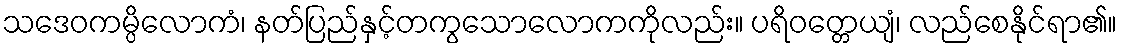
သဒေဝကမ္ပိလောကံ၊ နတ်ပြည်နှင့်တကွသောလောကကိုလည်း။ ပရိဝတ္တေယျံ၊ လည်စေနိုင်ရာ၏။